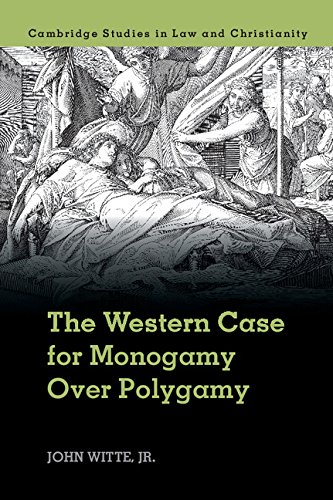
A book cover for The Western Case for Monogamy Over Polygamy (Law and Christianity); John Witte  Jr; Law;